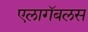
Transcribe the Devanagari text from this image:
एलागॅबलस